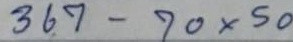
367 - 70 x 50